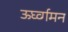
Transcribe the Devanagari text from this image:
ऊर्घ्व्गमन